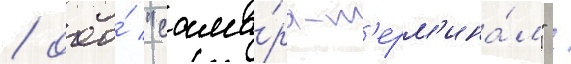
/ ооо́ "сама́ра-т'ерм'ина́л" /